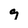
Character: g